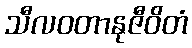
သီလဝတာနုဇီဝိတံ